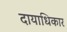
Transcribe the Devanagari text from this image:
दायाधिकार